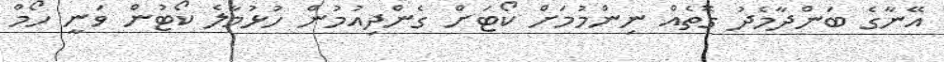
އޭނާގެ ބަންދާމެދު ގޮތެއް ނިންމުމަށް ކޯޓަށް ގެންދިއުމުން ހުޅުމާލެ ކޯޓުން ވަނީ ހޯމް